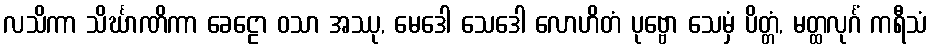
လသိကာ သိင်္ဃာဏိကာ ခေဠော ဝသာ အဿု, မေဒေါ သေဒေါ လောဟိတံ ပုဗ္ဗော သေမှံ ပိတ္တံ, မတ္ထလုင်္ဂံ ကရီသံ